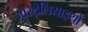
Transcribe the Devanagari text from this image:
आस्ट्रेलियाइयों